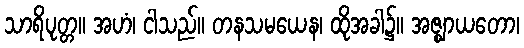
သာရိပုတ္တ။ အဟံ၊ ငါသည်။ တနသမယေန၊ ထိုအခါ၌။ အဇ္ဈာယတော၊